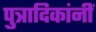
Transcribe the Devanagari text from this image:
पुत्रादिकांनीं